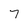
Character: 7